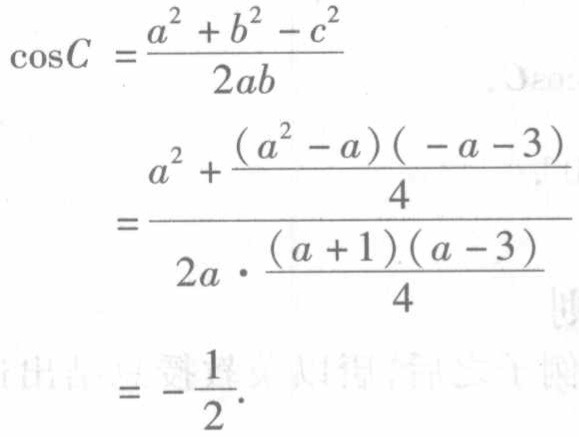
\[\begin{align*}
\cos C&=\frac{a^{2}+b^{2}-c^{2}}{2ab}\\
&=\frac{a^{2}+\frac{(a^{2}-a)(-a - 3)}{4}}{2a\cdot\frac{(a + 1)(a - 3)}{4}}\\
&=-\frac{1}{2}.
\end{align*}\]